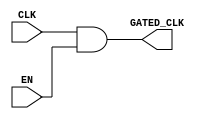
module clock_gating (
    input wire CLK,      // Main clock signal
    input wire EN,       // Enable signal
    output wire GATED_CLK // Gated clock signal
);

// AND gate for clock gating
assign GATED_CLK = CLK & EN;

endmodule